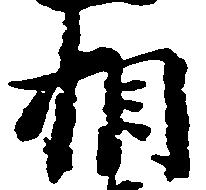
相